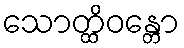
သောတ္ထိဝန္တော